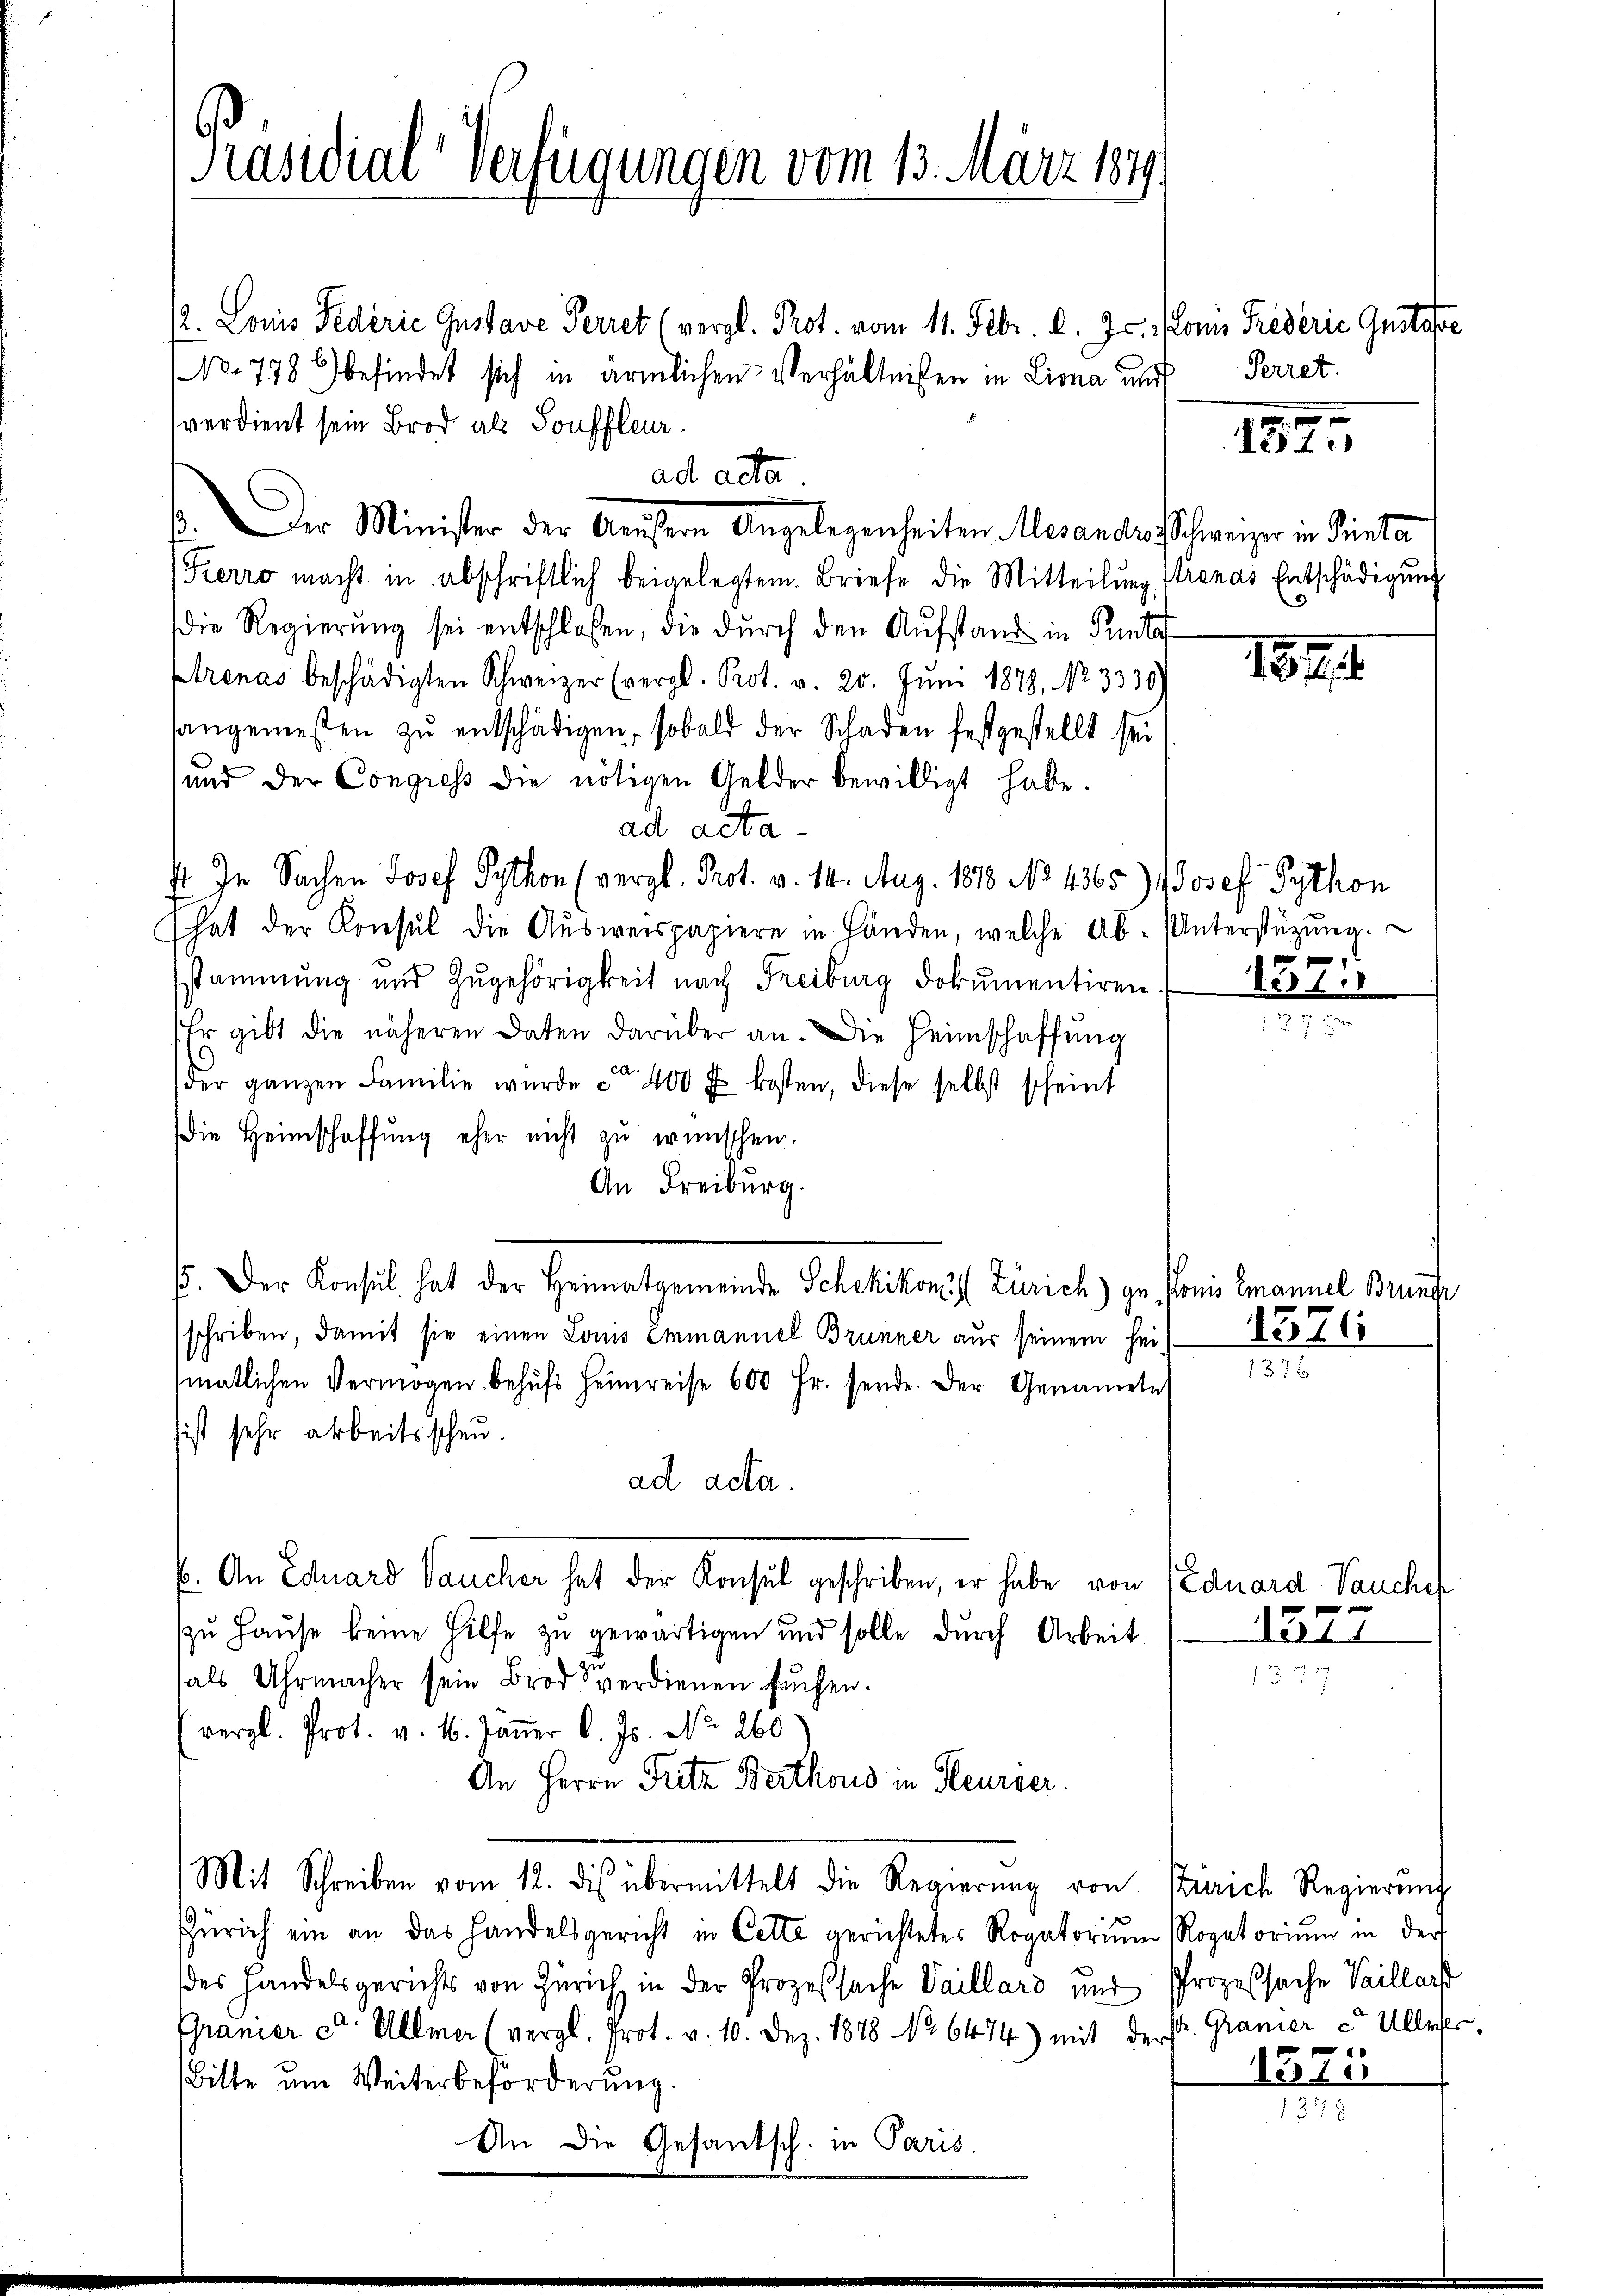
Präsidial-Verfügungen vom 13. März 184

2. Louis Federie Gustave Perret (vergl. Prot. vom 11. Febr. l. Js. Lonn Frederie Gustafe
No. 778 befindet sich in ärmlichen Verhältnissen in Liona und
verdient sein Brod als Souffleur
se. Der Minister der Aeußern Angelegenheiten Mesandes Schweizer in Pinta
Pierro macht in abschriftlich beigelegtem Briefe die Mitteilŭng strenas Entschädigŭng
die Regierung sei entschlossen, die durch den Aufstand in Pete
prenas beschädigten Schweizer (vergl. Prot. v. 20. Jŭni 1878, No 3330)
sangeniesten zŭ entschädigen, sobald der Schaden festgestellt sei
und der Congress die nötigen Gelder bewilligt habe.
ad acta
E. In Sachen Josef Python (vergl. Prot. v. 11. Aug. 1878 No 4365) Josef Python
hat der Konsul die Aŭsweispapiere in fänden, welche Ab-Unterstützŭng.
stammung und Zugehörigkeit nach Freiburg dokumentiren.
Er gibt die näheren Daten darüber an. Die Heimschaffung
der ganzen Familie wurde ca 400 u. kosten, diese selbst scheint
Die Heimschaffŭng eher nicht zu wünschen.
An Freiburg.
65. Der Konsul hat der Heimatgemeinde Schekikon (Zürich) gu Ponis Emanuel Brunge
schriben, damit sie einen Louis Emmannel Brunner aus seinem heimatlichen Vermögen behufs Heimreise 600 Fr. sende. Der Genannte
sist sehr arbeitsscheu.
ad acta.
b. An Eduard Vaucher hat der Konsul geschriben, er habe von Eduard auches
zu Hause keine Hilfe zu gewärtigen und solle durch Arbeit
als Uhrmacher sein Brod verdienen sŭchen.
vergl. Prot. v. 1. Jäṅer l. Js. No. 260
An Herrn Fritz Berthous in Heurer.
Mit Schreiben vom 12. des übermittelt die Regierŭng von Zürich Regierŭng
Zürich ein an das Handelsgericht in Cette gerichtetes Rogatoriŭm Rogatoriŭm in der
des Handelsgerichts von Zürich in der Prozeßsache Vaillard und Prozessache Vaillar
Granier et. Allmar (vergl. Prot. v. 10. Dez. 1878 No 6474) mit der sr. Granier c. Allerer
Bitte um Weiterbeförderung.
An die Gesandsch. in Paris.

ad acta

Perret.

187.

1819

13.

i

1376
1376

1277

1510